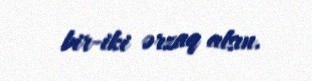
bir-iki ərzaq alsın.